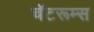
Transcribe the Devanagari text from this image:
चॅटरूम्स